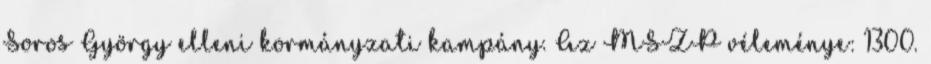
Soros György elleni kormányzati kampány. Az MSZP véleménye: 1300.